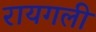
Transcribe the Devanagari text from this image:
रायगली